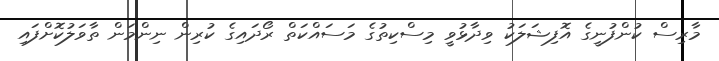
މާރިސް ކުންފުނީގެ އޮފިޝަލަކު ވިދާޅުވީ މިސްކިތުގެ މަސައްކަތް ރޯދައިގެ ކުރިން ނިންމަން ތާވަލުކޮށްފައި